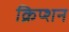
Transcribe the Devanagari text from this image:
क्रिप्शन